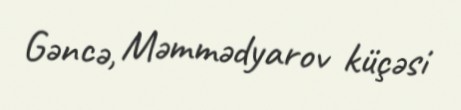
Gəncə, Məmmədyarov küçəsi